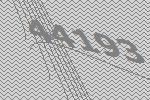
44193